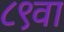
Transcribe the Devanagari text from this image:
८९वा